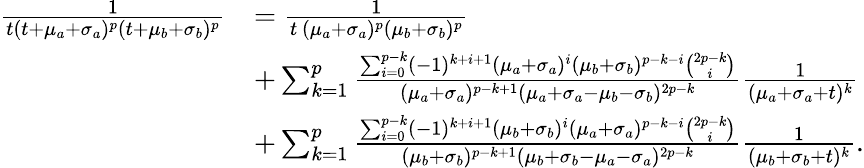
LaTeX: \begin{array}{rl}{\frac{1}{t(t+\mu_{a}+\sigma_{a})^{p}(t+\mu_{b}+\sigma_{b})^{p}}}&{=\frac{1}{t\, (\mu_{a}+\sigma_{a})^{p}(\mu_{b}+\sigma_{b})^{p}}}\\ &{+\sum_{k=1}^{p}\frac{\sum_{i=0}^{p-k}(-1)^{k+i+1}(\mu_{a}+\sigma_{a})^{i}(\mu_{b}+\sigma_{b})^{p-k-i}\binom{2p-k}{i}}{(\mu_{a}+\sigma_{a})^{p-k+1}(\mu_{a}+\sigma_{a}-\mu_{b}-\sigma_{b})^{2p-k}}\frac{1}{(\mu_{a}+\sigma_{a}+t)^{k}}}\\ &{+\sum_{k=1}^{p}\frac{\sum_{i=0}^{p-k}(-1)^{k+i+1}(\mu_{b}+\sigma_{b})^{i}(\mu_{a}+\sigma_{a})^{p-k-i}\binom{2p-k}{i}}{(\mu_{b}+\sigma_{b})^{p-k+1}(\mu_{b}+\sigma_{b}-\mu_{a}-\sigma_{a})^{2p-k}}\frac{1}{(\mu_{b}+\sigma_{b}+t)^{k}}.}\end{array}